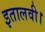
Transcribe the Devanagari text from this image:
इतालवी।